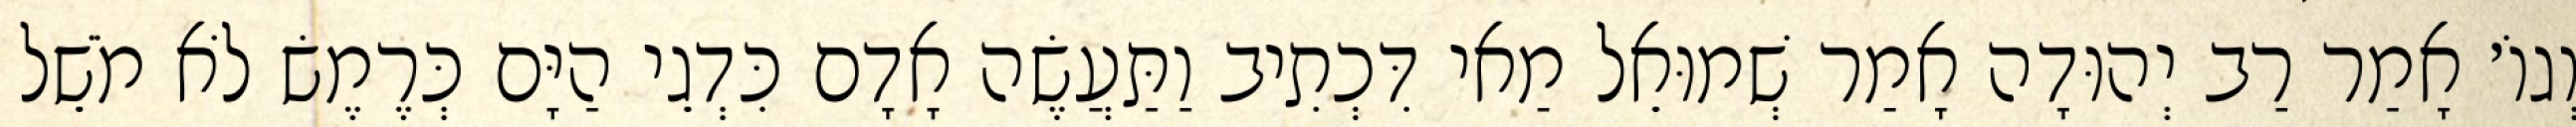
וְגוֹ׳ אָמַר רַב יְהוּדָה אָמַר שְׁמוּאֵל מַאי דִּכְתִיב וַתַּעֲשֶׂה אָדָם כִּדְגֵי הַיָּם כְּרֶמֶשׂ לֹא מֹשֵׁל